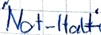
Text: "Not-Halt"